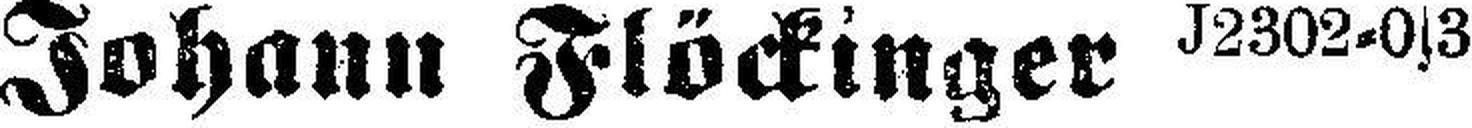
Johann Flöckinger